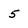
Character: 5